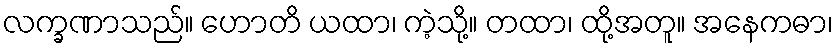
လက္ခဏာသည်။ ဟောတိ ယထာ၊ ကဲ့သို့။ တထာ၊ ထို့အတူ။ အနေကဓာ၊